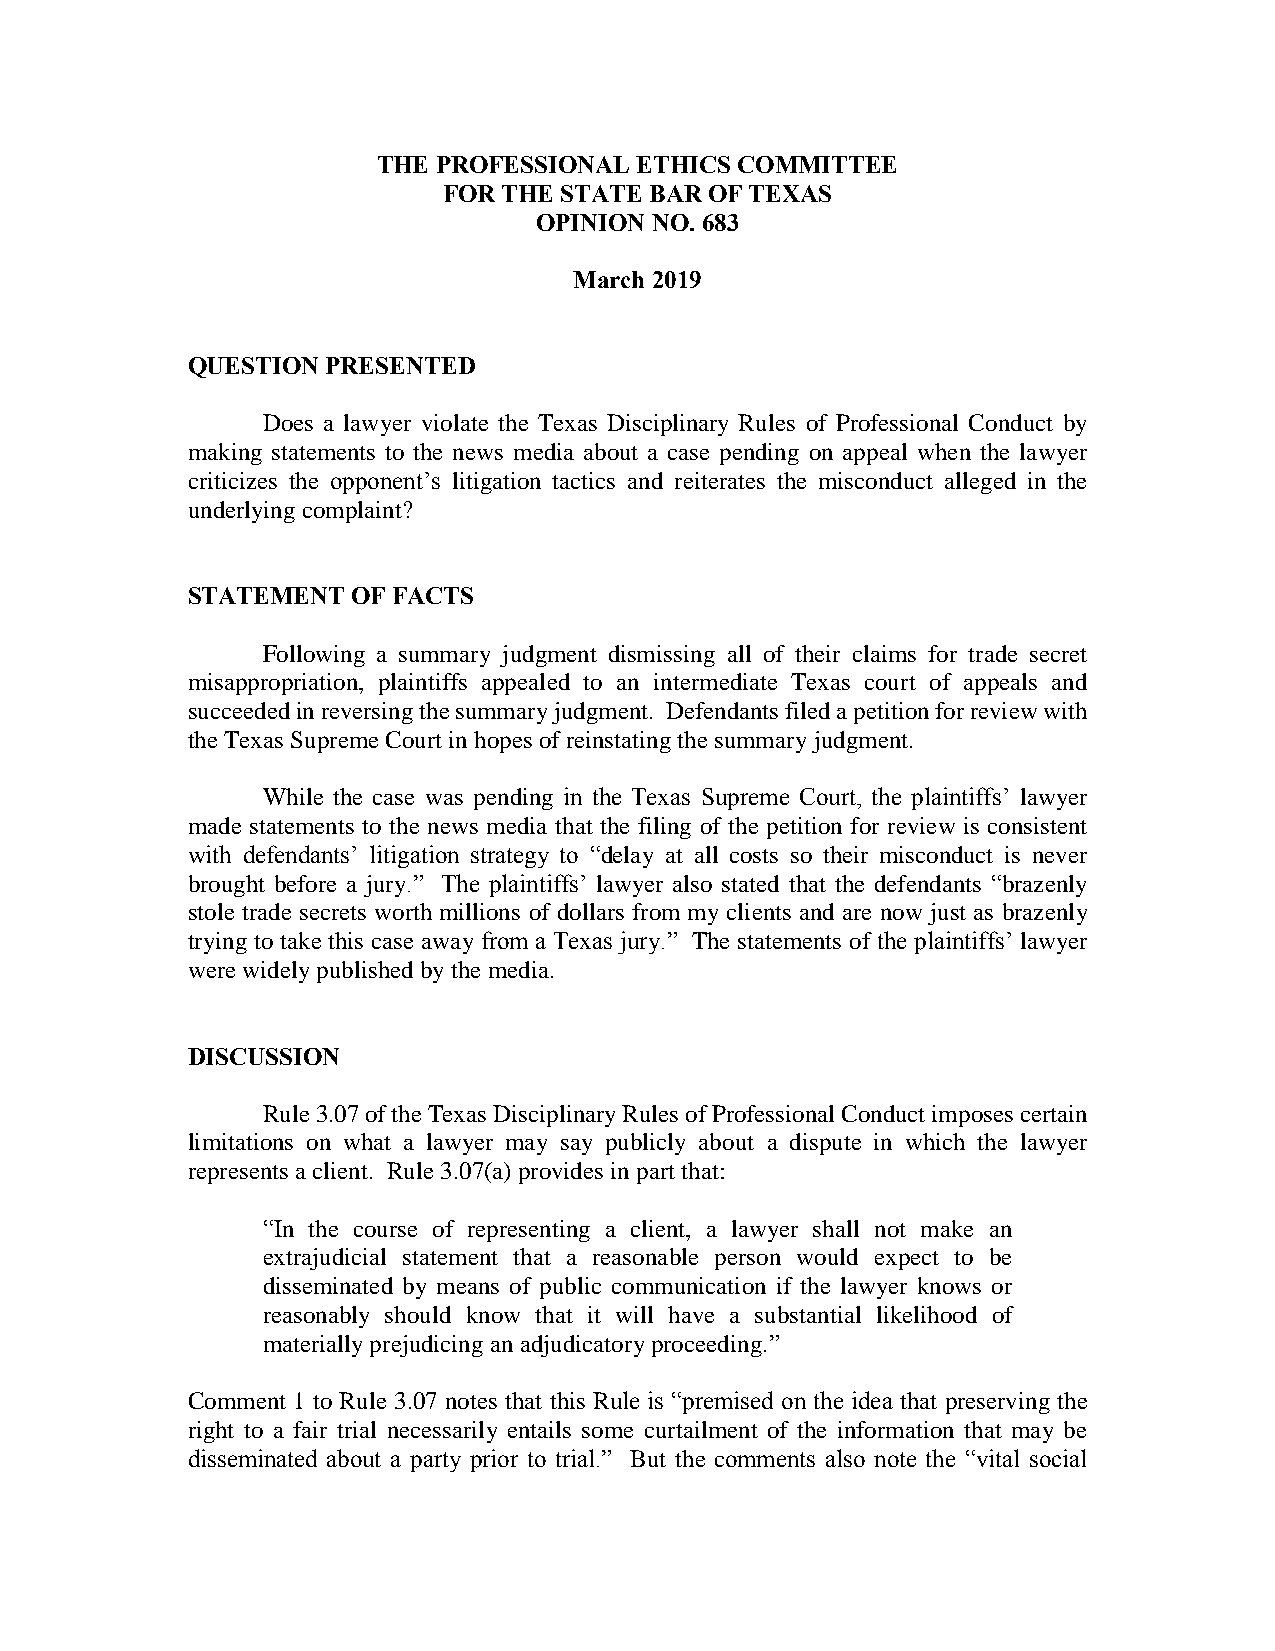
THE PROFESSIONAL ETHICS COMMITTEE
 FOR THE STATE BAR OF TEXAS
 OPINION NO. 683
 March 2019
 QUESTION  PRESENTED
 Does a lawyer violate the Texas Disciplinary Rules of Professional Conduct by
 making statements to the news media about a case pending on appeal when the lawyer
 criticizes the opponent’s litigation tactics and reiterates the misconduct alleged in the
 underlying complaint?
 STATEMENT  OF FACTS
 Following a summary judgment dismissing all of their claims for trade secret
 misappropriation, plaintiffs appealed to an intermediate Texas court of appeals and
 succeeded in reversing the summary judgment. Defendants filed a petition for review with
 the Texas Supreme Court in hopes of reinstating the summary judgment.
 While the case was pending in the Texas Supreme Court, the plaintiffs’ lawyer
 made statements to the news media that the filing of the petition for review is consistent
 with defendants’ litigation strategy to “delay at all costs so their misconduct is never
 brought before a jury.” The plaintiffs’ lawyer also stated that the defendants “brazenly
 stole trade secrets worth millions of dollars from my clients and are now just as brazenly
 trying to take this case away from a Texas jury.” The statements of the plaintiffs’ lawyer
 were widely published by the media.
 DISCUSSION
 Rule 3.07 of the Texas Disciplinary Rules of Professional Conduct imposes certain
 limitations on what a lawyer may say publicly about a dispute in which the lawyer
 represents a client. Rule 3.07(a) provides in part that:
 “In the course of representing a client, a lawyer shall not make an
 extrajudicial statement that a reasonable person would expect to be
 disseminated by means of public communication if the lawyer knows or
 reasonably should know that it will have a substantial likelihood of
 materially prejudicing an adjudicatory proceeding.”
 Comment 1 to Rule 3.07 notes that this Rule is “premised on the idea that preserving the
 right to a fair trial necessarily entails some curtailment of the information that may be
 disseminated about a party prior to trial.” But the comments also note the “vital social